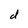
Character: d